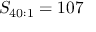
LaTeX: S _ { 4 0 : 1 } = 1 0 7